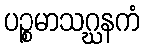
ပဉ္စမာသဂ္ဃနကံ